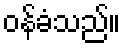
ဝန်ခံသည်။